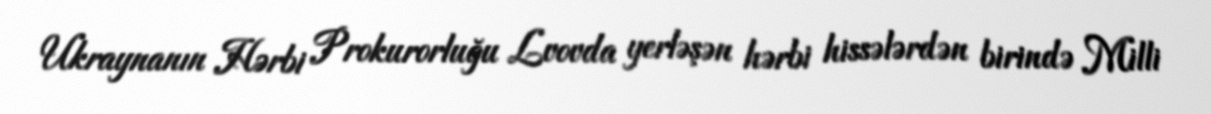
Ukraynanın Hərbi Prokurorluğu Lvovda yerləşən hərbi hissələrdən birində Milli